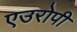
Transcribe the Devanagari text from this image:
एउरोपी